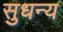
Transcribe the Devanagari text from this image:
सुधन्य